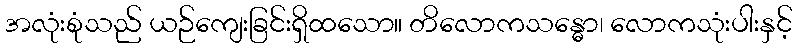
အလုံးစုံသည် ယဉ်ကျေးခြင်းရှိထသော။ တိလောကသန္ဓော၊ လောကသုံးပါးနှင့်